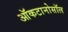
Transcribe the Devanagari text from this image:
ऑकटानोसॉल